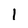
Character: 1